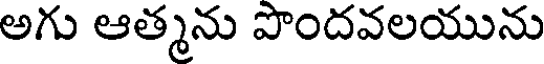
అగు ఆత్మను పొందవలయును